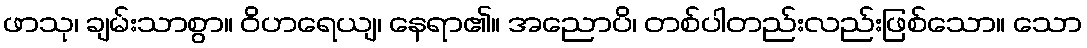
ဖာသု၊ ချမ်းသာစွာ။ ဝိဟရေယျ၊ နေရာ၏။ အညောပိ၊ တစ်ပါတည်းလည်းဖြစ်သော။ သော